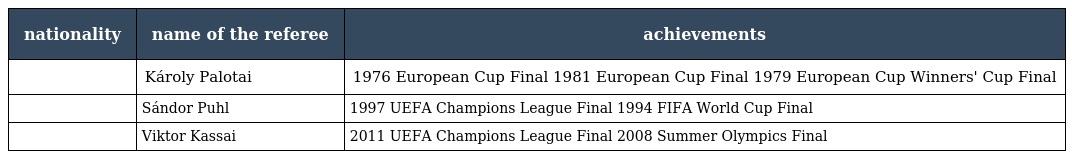
| nationality | name of the referee | achievements |
 | --- | --- | --- |
 |  | Károly Palotai | 1976 European Cup Final 1981 European Cup Final 1979 European Cup Winners' Cup Final |
 |  | Sándor Puhl | 1997 UEFA Champions League Final 1994 FIFA World Cup Final |
 |  | Viktor Kassai | 2011 UEFA Champions League Final 2008 Summer Olympics Final |